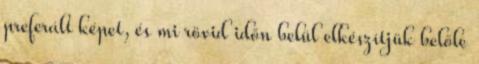
preferált képet, és mi rövid időn belül elkészítjük belőle